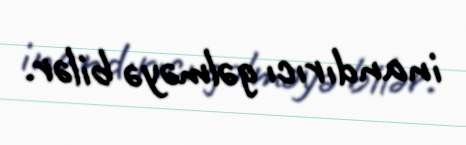
inandırıcı gəlməyə bilər.